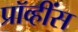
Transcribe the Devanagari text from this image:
प्रॉव्हींस